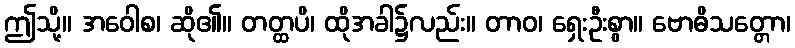
ဤသို့။ အဝေါစ၊ ဆို၏။ တတ္ထပိ၊ ထိုအခါ၌လည်း။ တာဝ၊ ရှေးဦးစွာ။ ဗောဓိသတ္တော၊